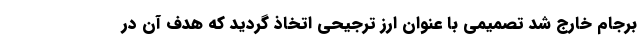
برجام خارج شد تصمیمی با عنوان ارز ترجیحی اتخاذ گردید که هدف آن در